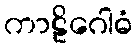
ကာဠိဂေါဓံ